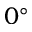
0 ^ { \circ }